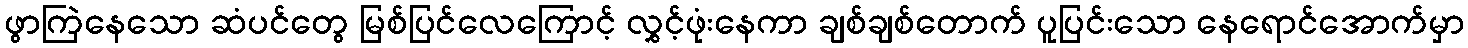
ဖွာကြဲနေသော ဆံပင်တွေ မြစ်ပြင်လေကြောင့် လွှင့်ဖုံးနေကာ ချစ်ချစ်တောက် ပူပြင်းသော နေရောင်အောက်မှာ